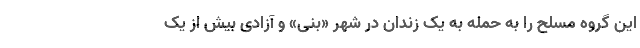
این گروه مسلح را به حمله به یک زندان در شهر «بنی» و آزادی بیش از یک